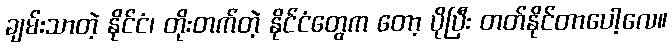
ချမ်းသာတဲ့ နိုင်ငံ၊ တိုးတက်တဲ့ နိုင်ငံတွေက တော့ ပိုပြီး တတ်နိုင်တာပေါ့လေ။